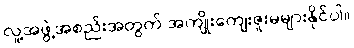
လူ့အဖွဲ့အစည်းအတွက် အကျိုးကျေးဇူးမများနိုင်ပါ။